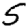
Digit: 5